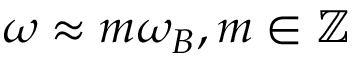
\omega \approx m \omega _ { B } , m \in \mathbb { Z }